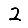
Digit: 2